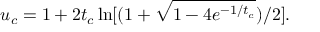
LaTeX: u _ { c } = 1 + 2 t _ { c } \ln [ ( 1 + \sqrt { 1 - 4 e ^ { - 1 / t _ { c } } } ) / 2 ] .